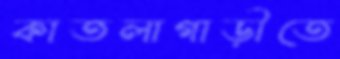
কাতলাগাড়ীতে